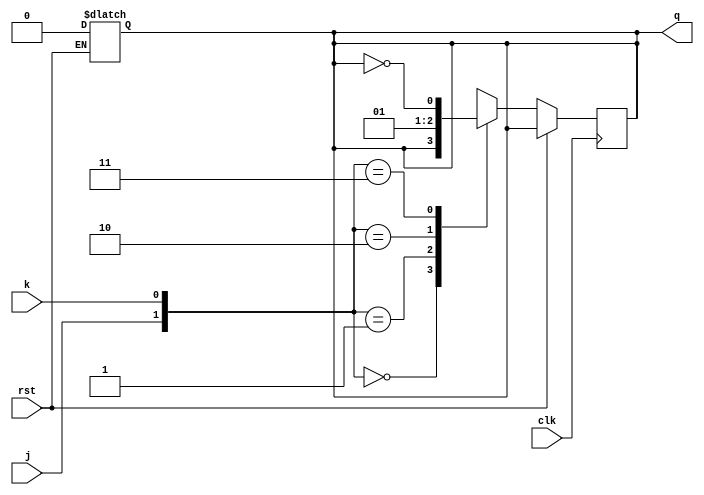
`timescale 1ns / 1ps
//////////////////////////////////////////////////////////////////////////////////
// Company: 
// Engineer: 
// 
// Design Name: 
// Module Name: jk_flip_flop
// Project Name: 
// Target Devices: 
// Tool Versions: 
// Description: 
// 
// Dependencies: 
// 
// Revision:
// Revision 0.01 - File Created
// Additional Comments:
// 
//////////////////////////////////////////////////////////////////////////////////


module jk_flip_flop(
    input j,
    input k,
    input clk,
    input rst,
    output reg q
    );

always@(rst) begin
    if(rst)
        q <= 0;
end

always@(posedge clk) begin
    if(!rst) begin
        case({j,k})
            2'b00: q <= q;
            2'b01: q <= 0;
            2'b10: q <= 1;
            2'b11: q <= ~q;
        endcase
    end
end

endmodule